Report on sanitation, dispensaries, and jails in Rajputana for 1920, and on vaccination for the year 1920-1921 - 1920-1921
Year: 1920
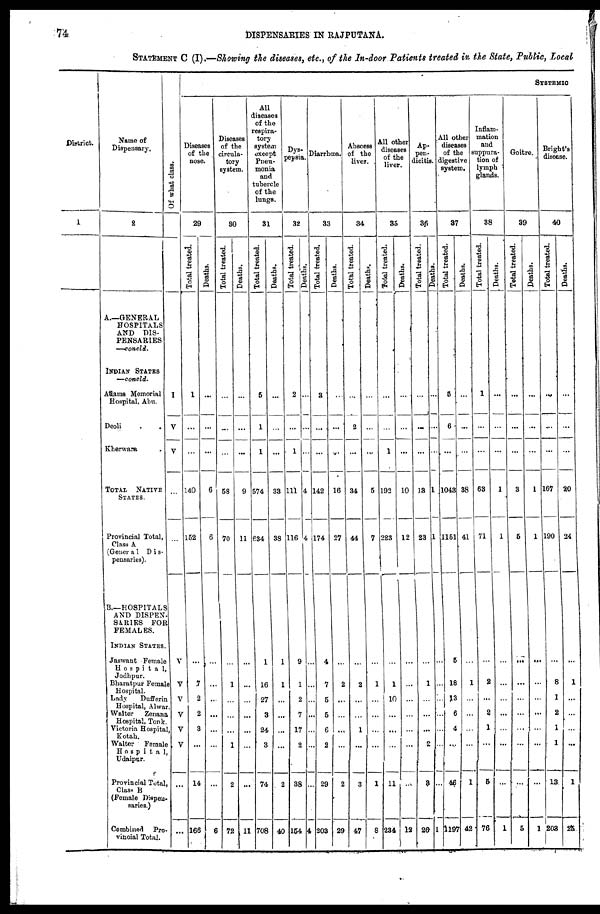
74
DISPENSARIES IN RAJPUTANA.
STATEMENT C (I).—Showing the diseases, etc., of the In-door Patients treated in the State, Public, Local
District.
1
Name of
Dispensary.
2
A.—GENERAL
HOSPITALS
AND DIS-
PENSARIES
—concld.
INDIAN STATES
—concld.
Adams Memorial
Hospital, Abu.
Deoli . .
Kherwara .
TOTAL NATIVE
STATES.
Provincial Total,
Class A
(Genera1 Dis-
pensaries).
B.—HOSPITALS
AND DISPEN-
SARIES FOR
FEMALES.
INDIAN STATES.
Jaswant Female
Hospital,
Jodhpur.
Bharatpur Female
Hospital.
Lady
Dufferin
Hospital, Alwar.
Walter
Zenana
Hospital, Tonk.
Victoria Hospital
Kotah.
Walter Female
Hospital,
Udaipur.
Provincial Total,
Class B
(Female Dispen-
saries.)
Combined Pro-
vincial Total.
Of what class.
I
V
V
...
...
V
V
V
V
V
V
...
...
SYSTEMIC
Diseases
of the
nose.
29
Total treated.
1
...
...
140
152
...
7
2
2
3
...
14
166
Deaths.
...
...
...
6
6
...
...
...
...
...
...
...
6
Diseases
of the
circula-
tory
system.
80
Total treated.
...
...
...
58
70
...
1
...
...
...
1
2
72
Deaths.
...
...
...
9
11
...
...
...
...
...
...
...
11
All
diseases
of the
respira-
tory
system
except
Pneu-
monia
and
tubercle
of the
lungs.
31
Total treated.
5
1
1
574
634
1
16
27
3
24
3
74
708
Deaths.
...
...
...
33
38
1
1
...
...
...
...
2
40
Dys-
pepsia.
32
Total treated.
2
...
1
111
116
9
1
2
7
17
2
38
154
Deaths.
...
...
...
4
4
...
...
...
...
...
...
...
4
Diarrhœa.
33
Total treated.
3
...
...
142
174
4
7
5
5
6
2
29
203
Deaths.
...
...
...
16
27
...
2
...
...
...
...
2
29
Abscess
of the
liver.
34
Total treated.
...
2
...
34
44
...
2
...
...
1
...
3
47
Deaths.
...
...
...
5
7
...
1
...
...
...
...
1
8
All other
diseases
of the
liver.
35
Total treated.
...
...
1
192
223
...
1
10
...
...
...
11
234
Deaths.
...
...
...
10
12
...
...
...
...
...
...
...
12
Ap-
pen-
dicitis.
36
Total treated.
...
...
...
13
23
...
1
...
...
...
2
3
26
Deaths.
...
...
...
1
1
...
...
...
...
...
...
...
1
All other
diseases
of the
digestive
system.
37
Total treated.
5
6
...
1043
1151
5
18
13
6
4
...
46
1197
Deaths.
...
...
...
38
41
...
1
...
...
...
...
1
42
Inflam-
mation
and
suppura-
tion of
lymph
glands.
38
Total treated.
1
...
...
63
71
...
2
...
2
1
...
5
76
Deaths.
...
...
...
1
1
...
...
...
...
...
...
...
1
Goitre.
39
Total treated.
...
...
...
3
5
...
...
...
...
...
...
...
5
Deaths.
...
...
...
1
1
...
...
...
...
...
...
...
1
Bright's
disease.
40
Total treated.
...
...
...
167
190
...
8
1
2
1
1
13
203
Deaths.
...
...
...
20
24
...
1
...
...
...
...
1
25